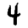
Digit: 4